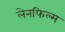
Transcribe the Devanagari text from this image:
लेनफिल्म